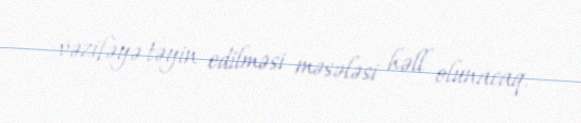
vəzifəyə təyin edilməsi məsələsi həll olunacaq.